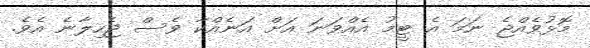
މޮޅުވެއްޖެ ނަމަ އެ ޓީމު އެއްވަނަ އަށް އަނެއްކާ ވެސް ޖެހިލާނެ އެވެ.